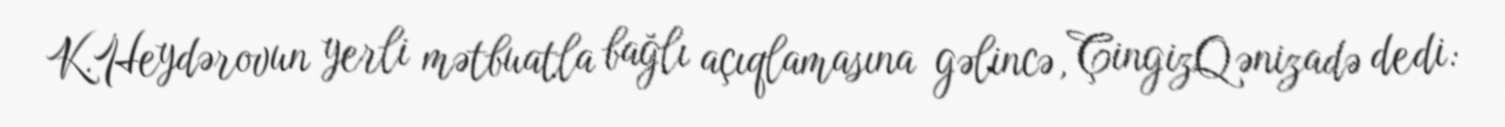
K.Heydərovun yerli mətbuatla bağlı açıqlamasına gəlincə, ÇingizQənizadə dedi: